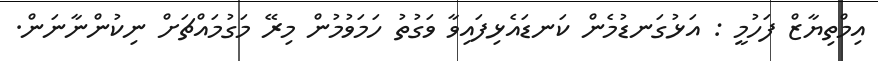
އިމްތިޔާޒް ފަހުމީ : އަޅުގަނޑުމެން ކަނޑައެޅިފައިވާ ވަގުތު ހަމަވުމުން މިރޭ މަގުމައްޗަށް ނިކުންނާނަން.